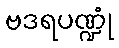
ဗဒရပဏ္ဍုံ